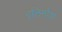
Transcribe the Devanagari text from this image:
इलिनोवा